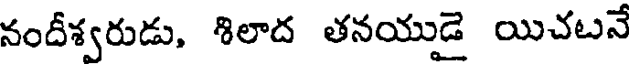
నందీశ్వరుడు, శిలాద తనయుడై యిచటనే